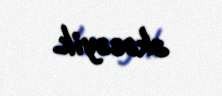
əkəcəyik.